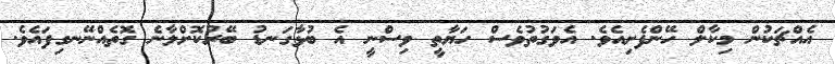
އެއްޗަކުން މިކާލް ހޭންފެށިއެވެ. އެވަގުތުވެސް ހަޔާތީ ވިސްނީ އެ ބުޅާގަނޑު ބޭރުކޮށްލާނެ ގޮތެއްނޭނގިފައެވެ.